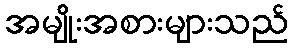
အမျိုးအစားများသည်